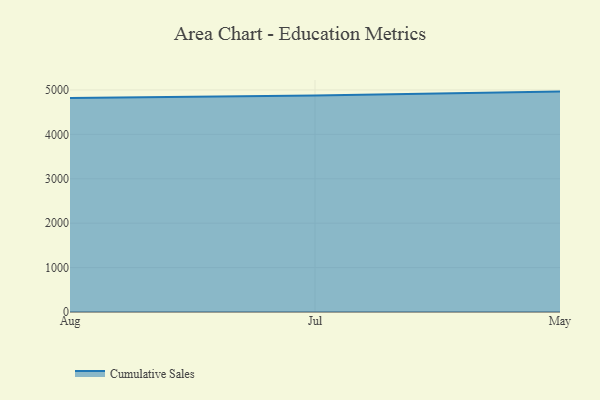
{"axis": {"x": "Month", "y": "Energy Usage (MWh)"}, "legend": ["Cumulative Sales"], "data": [{"x": "Aug", "y": 4820.1, "type": "Cumulative Sales"}, {"x": "Jul", "y": 4874.8, "type": "Cumulative Sales"}, {"x": "May", "y": 4962.7, "type": "Cumulative Sales"}]}